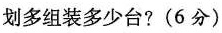
划多组装多少台? (6分)